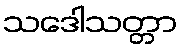
သဒေါသတ္တာ